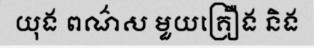
យុង ពណ៌ស មួយគ្រឿង និង